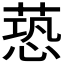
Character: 𦶐